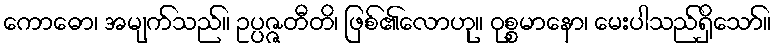
ကောဓော၊ အမျက်သည်။ ဥပ္ပဇ္ဇတီတိ၊ ဖြစ်၏လောဟု။ ဝုစ္စမာနော၊ မေးပါသည်ရှိသော်။